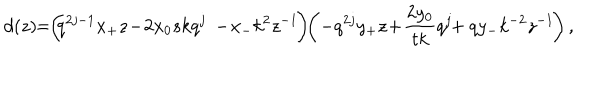
d ( z ) \! \! = \! \! \left( \! \! q ^ { 2 j - 1 } x _ { + } z \! - \! 2 x _ { 0 } s k q ^ { j } \phantom { \frac { q ^ { j } } { s } } \! \! \! \! \! \! - \! x _ { - } k ^ { 2 } z ^ { - 1 } \! \right) \! \! \left( - q ^ { 2 j } y _ { + } z \! + \! \frac { 2 y _ { 0 } } { t k } q ^ { j } \! \! + q y _ { - } k ^ { - 2 } z ^ { - 1 } \! \right) ,